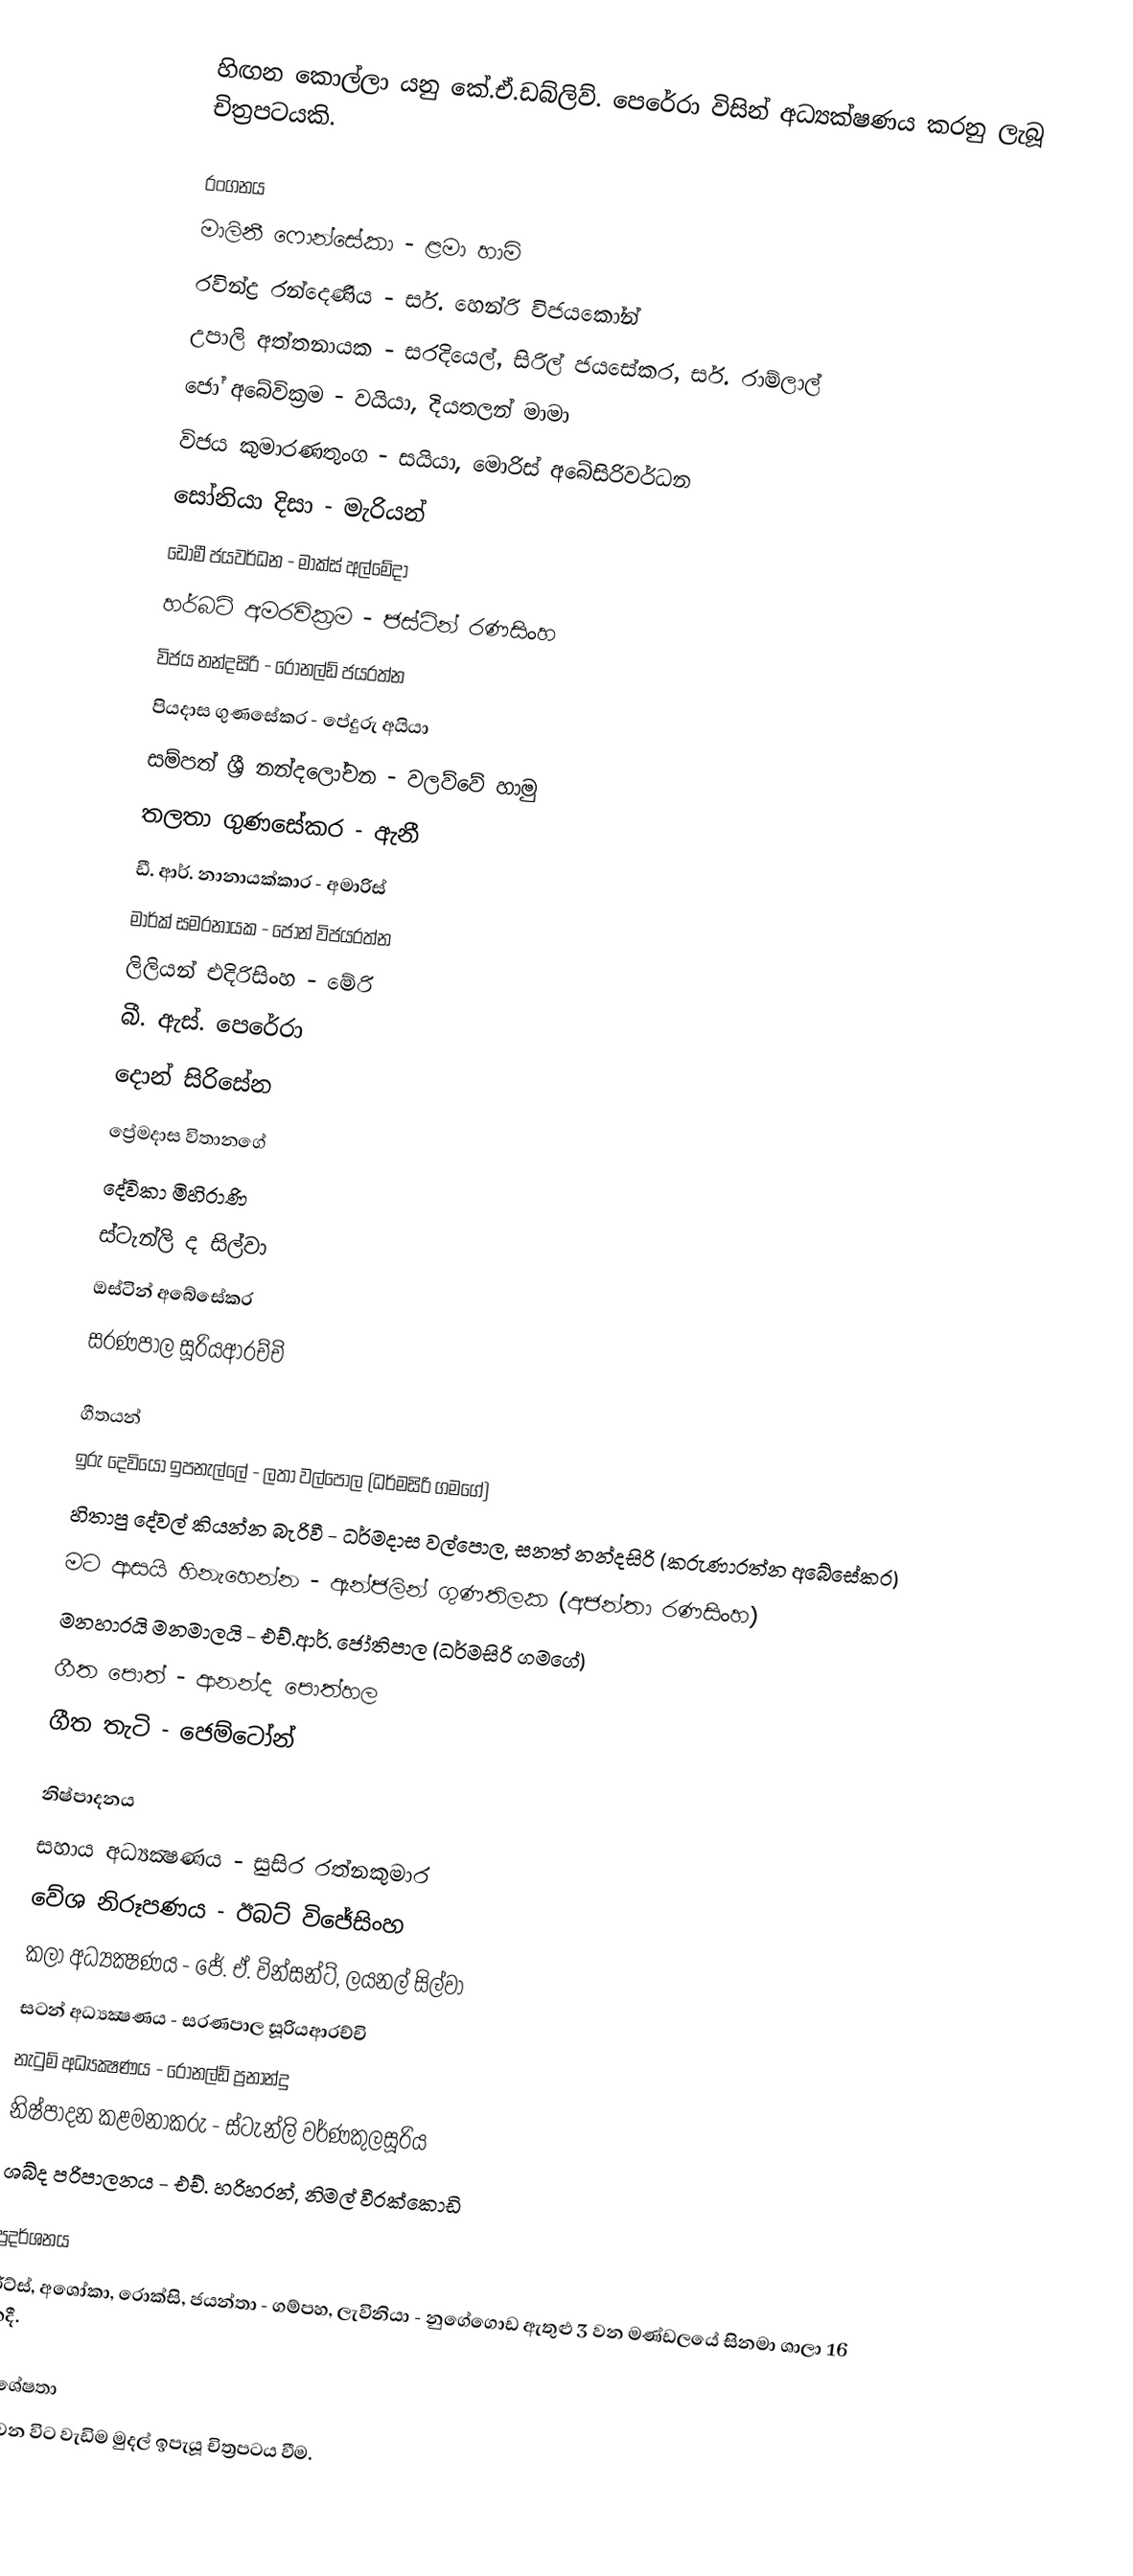
හිඟන කොල්ලා යනු කේ.ඒ.ඩබ්ලිව්. පෙරේරා විසින් අධ්‍යක්ෂණය කරනු ලැබූ චිත්‍රපටයකි.

රංගනය
මාලිනී ෆොන්සේකා - ළමා හාමි
රවින්ද්‍ර රන්දෙණිය - සර්. හෙන්රි විජයකෝන්
උපාලි අත්තනායක - සරදියෙල්, සිරිල් ජයසේකර, සර්. රාම්ලාල්
ජෝ අබේවික්‍රම - වයියා, දියතලන් මාමා
විජය කුමාරණතුංග - සයියා, මොරිස් අබේසිරිවර්ධන
සෝනියා දිසා - මැරියන්
ඩොමී ජයවර්ධන - මාක්ස් අල්මේදා
හර්බට් අමරවික්‍රම - ජස්ටින් රණසිංහ
විජය නන්දසිරි - රොනල්ඩ් ජයරත්න
පියදාස ගුණසේකර - පේදුරු අයියා
සම්පත් ශ්‍රී නන්දලෝචන - වලව්වේ හාමු
තලතා ගුණසේකර - ඇනී
ඩී. ආර්. නානායක්කාර - අමාරිස්
මාර්ක් සමරනායක - ජෝන් විජයරත්න
ලිලියන් එදිරිසිංහ - මේරි
බී. ඇස්. පෙරේරා
දොන් සිරිසේන
ප්‍රේමදාස විතානගේ
දේවිකා මිහිරාණි
ස්ටැන්ලි ද සිල්වා
ඔස්ටින් අබේසේකර
සරණපාල සූරියආරච්චි

ගීතයන්
ඉරු දෙවියෝ ඉපනැල්ලේ - ලතා වල්පොල (ධර්මසිරි ගමගේ)
හිතාපු දේවල් කියන්න බැරිවී - ධර්මදාස වල්පොල, සනත් නන්දසිරි (කරුණාරත්න අබේසේකර)
මට ආසයි හිනැහෙන්න - ඇන්ජලින් ගුණතිලක (අජන්තා රණසිංහ)
මනහාරයි මනමාලයි - එච්.ආර්. ජෝතිපාල (ධර්මසිරි ගමගේ)
ගීත පොත් - ආනන්ද පොත්හල
ගීත තැටි - ජෙම්ටෝන්

නිෂ්පාදනය
සහාය අධ්‍යක්‍ෂණය - සුසිර රත්නකුමාර
වේශ නිරූපණය - ඊබට් විජේසිංහ
කලා අධ්‍යක්‍ෂණය - ජේ. ඒ. වින්සන්ට්, ලයනල් සිල්වා
සටන් අධ්‍යක්‍ෂණය - සරණපාල සූරියආරච්චි
නැටුම් අධ්‍යක්‍ෂණය - රොනල්ඩ් ප්‍රනාන්දු
නිෂ්පාදන කළමනාකරු - ස්ටැන්ලි වර්ණකුලසූරිය
ශබ්ද පරිපාලනය - එච්. හරිහරන්, නිමල් වීරක්කොඩි

ප්‍රදර්ශනය
රිට්ස්, අශෝකා, රොක්සි, ජයන්තා - ගම්පහ, ලැවිනියා - නුගේගොඩ ඇතුළු 3 වන මණ්ඩලයේ සිනමා ශාලා 16 කදී.

විශේෂතා
ඒ වන විට වැඩිම මුදල් ඉපැයූ චිත්‍රපටය වීම.